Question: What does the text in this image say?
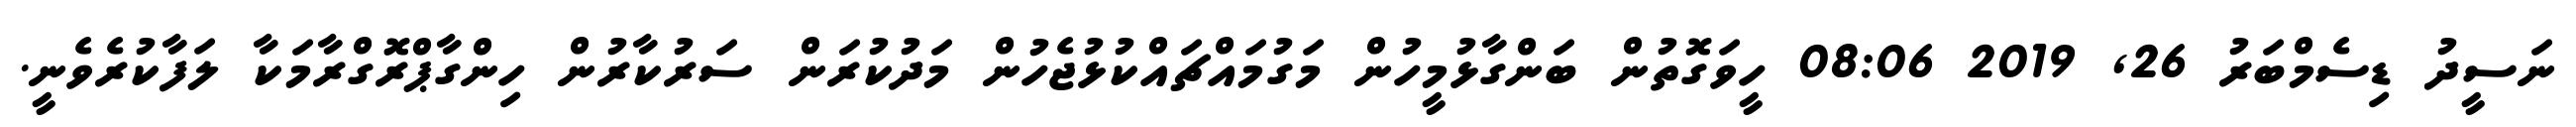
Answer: ނަސީދު ޑިސެމްބަރު 26, 2019 08:06 ހީވަގޮތުން ބަންގާޅުމީހުން މަގުމައްޗައްކުޅުޖެހުން މަދުކުރަން ސަރުކާރުން ހިންގާޕްރޮގްރާމަކާ ލަފާކުރެވެނީ.